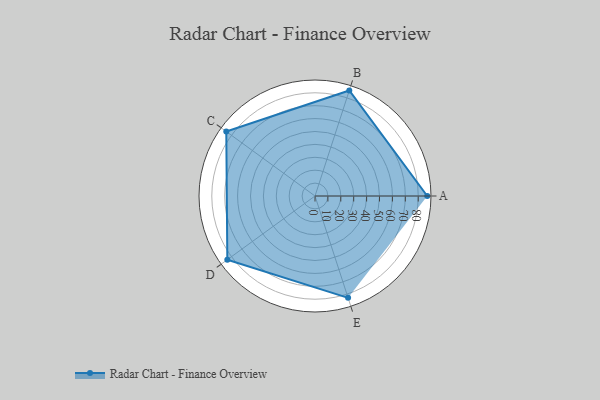
{"axis": {"x": "Skill", "y": "Score"}, "legend": ["Profile"], "data": [{"x": "A", "y": 87.0, "type": "Profile"}, {"x": "B", "y": 86.0, "type": "Profile"}, {"x": "C", "y": 85.0, "type": "Profile"}, {"x": "D", "y": 84.0, "type": "Profile"}, {"x": "E", "y": 83.0, "type": "Profile"}]}